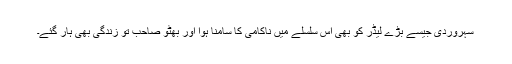
سہروردی جیسے بڑے لیڈر کو بھی اس سلسلے میں ناکامی کا سامنا ہوا اور بھٹو صاحب تو زندگی بھی ہار گئے۔